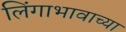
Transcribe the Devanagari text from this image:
लिंगाभावाच्या